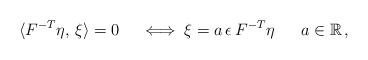
LaTeX: \begin{align*}\langle F^{-T} \eta,\, \xi\rangle=0 \quad\iff\xi=a\, \epsilon\, F^{-T}\eta \quad\; \ a\in \mathbb{R}\,,\end{align*}